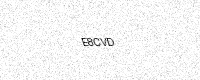
Text: E8CVD